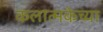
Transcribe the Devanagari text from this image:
कलात्मकेच्या